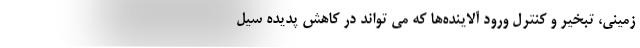
زمینی، تبخیر و کنترل ورود آلاینده‌ها که می تواند در کاهش پدیده سیل